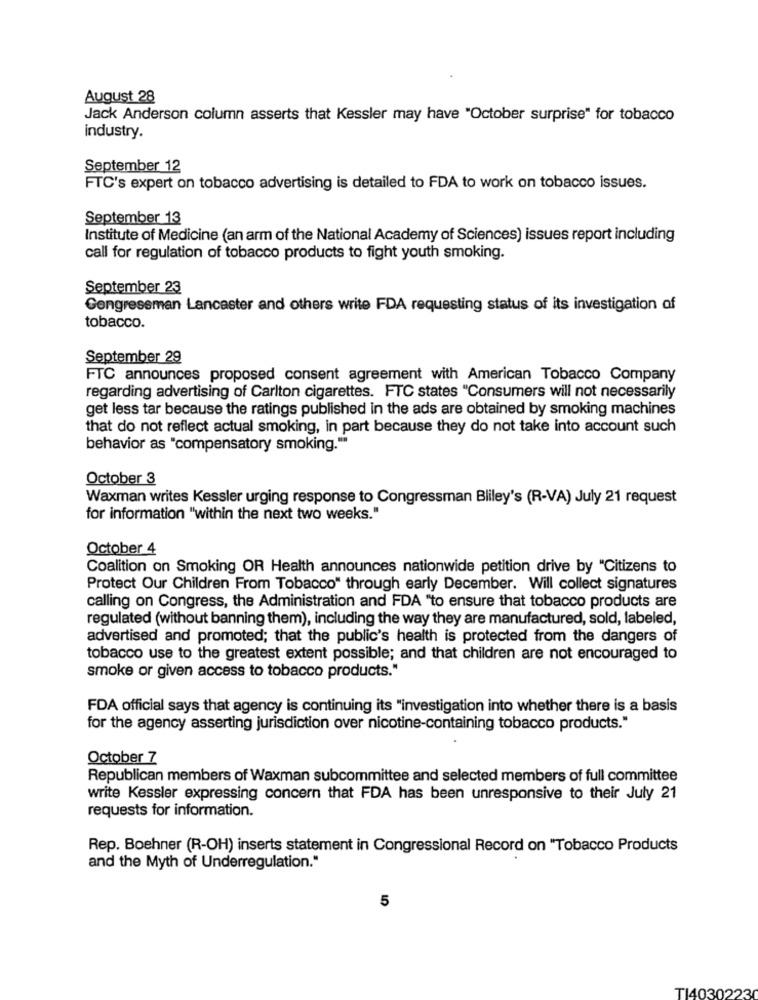
August 28
Jack Anderson column asserts that Kessler may have "October surprise" for tobacco
industry.
September 12
FTC's expert on tobacco advertising is detailed to FDA to work on tobacco issues.
September 13
Institute of Medicine (an arm of the National Academy of Sciences) issues report including
call for regulation of tobacco products to fight youth smoking.
September 23
Congressman Lancaster and others write FDA requesting status of its investigation of
tobacco.
September 29
FTC announces proposed consent agreement with American Tobacco Company
regarding advertising of Carlton cigarettes. FTC states "Consumers will not necessarily
get less tar because the ratings published in the ads are obtained by smoking machines
that do not reflect actual smoking, in part because they do not take into account such
behavior as "compensatory smoking.""
October 3
Waxman writes Kessler urging response to Congressman Bliley's (R-VA) July 21 request
for information "within the next two weeks."
October 4
Coalition on Smoking OR Health announces nationwide petition drive by "Citizens to
Protect Our Children From Tobacco" through early December. Will collect signatures
calling on Congress, the Administration and FDA "to ensure that tobacco products are
regulated (without banning them), including the way they are manufactured, sold, labeled,
advertised and promoted; that the public's health is protected from the dangers of
tobacco use to the greatest extent possible; and that children are not encouraged to
smoke or given access to tobacco products."
FDA official says that agency is continuing its "investigation into whether there is a basis
for the agency asserting jurisdiction over nicotine-containing tobacco products."
October 7
Republican members of Waxman subcommittee and selected members of full committee
write Kessler expressing concern that FDA has been unresponsive to their July 21
requests for information.
Rep. Boehner (R-OH) inserts statement in Congressional Record on "Tobacco Products
and the Myth of Underregulation."
5
T14030223